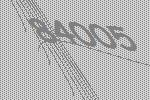
84005